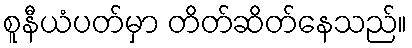
စူနီယံပတ်မှာ တိတ်ဆိတ်နေသည်။